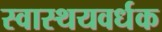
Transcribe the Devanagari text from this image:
स्वास्थयवर्धक